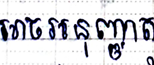
អាចអនុញ្ញាត